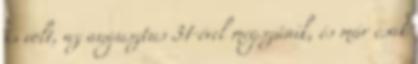
is volt, az augusztus 31-ével megszűnik, és már csak